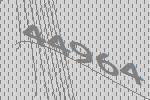
44964